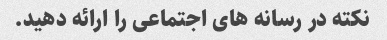
نکته در رسانه های اجتماعی را ارائه دهید.